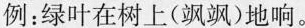
例：绿叶在树上(飒飒)地响。